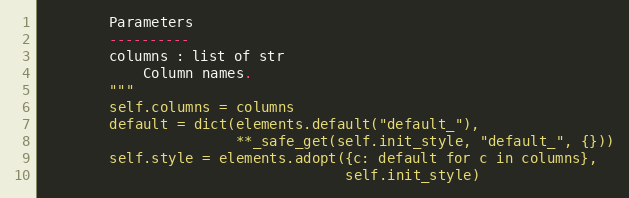
Language: Python
        Parameters
        ----------
        columns : list of str
            Column names.
        """
        self.columns = columns
        default = dict(elements.default("default_"),
                       **_safe_get(self.init_style, "default_", {}))
        self.style = elements.adopt({c: default for c in columns},
                                    self.init_style)